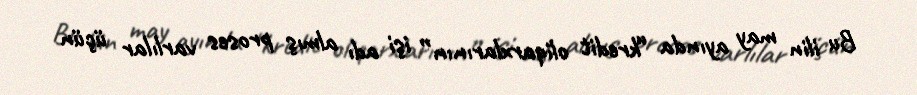
Bu ilin may ayında “kredit oliqarxlarının” işi adı almış proses varlılar üçün